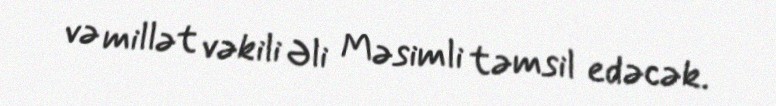
və millət vəkili Əli Məsimli təmsil edəcək.